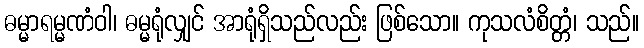
ဓမ္မာရမ္မဏံဝါ၊ ဓမ္မရုံလျှင် အာရုံရှိသည်လည်း ဖြစ်သော။ ကုသလံစိတ္တံ၊ သည်။